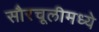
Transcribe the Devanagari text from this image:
सौरचूलीमध्ये